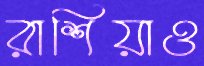
রাশিয়াও